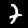
Label: 7